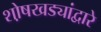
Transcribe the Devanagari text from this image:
शो़षखड्यांद्वारे